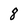
Character: 8